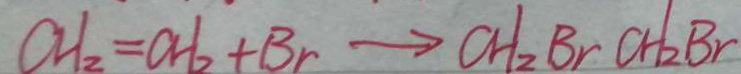
C H _ { 2 } = C H _ { 2 } + B r \rightarrow C H _ { 2 } B r C H _ { 2 } B r